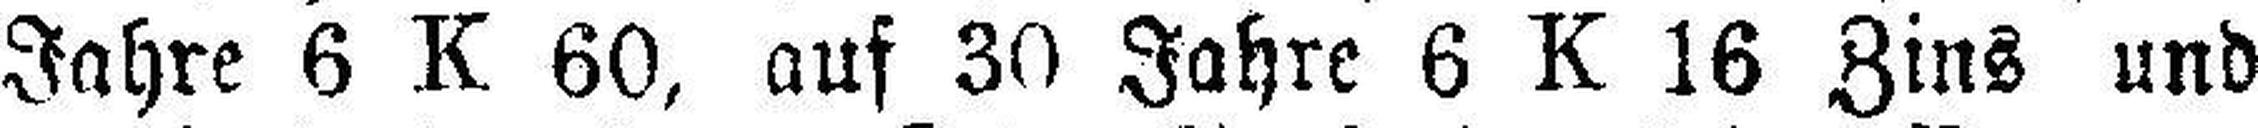
Jahre 6 K 60, auf 30 Jahre 6 K 16 Zins und